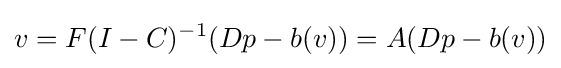
v=F(I-C)^{-1}(Dp-b(v))=A(Dp-b(v))